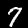
Label: 7